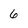
Character: 6